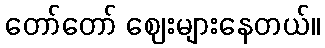
တော်တော် ဈေးများနေတယ်။